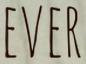
EVER